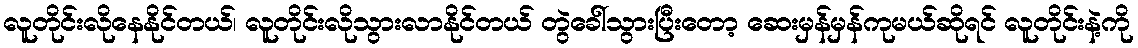
လူတိုင်းလိုနေနိုင်တယ်၊ လူတိုင်းလိုသွားလာနိုင်တယ် တွဲခေါ်သွားပြီးတော့ ဆေးမှန်မှန်ကုမယ်ဆိုရင် လူတိုင်းနဲ့ကို